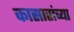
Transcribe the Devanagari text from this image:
कासारांच्या